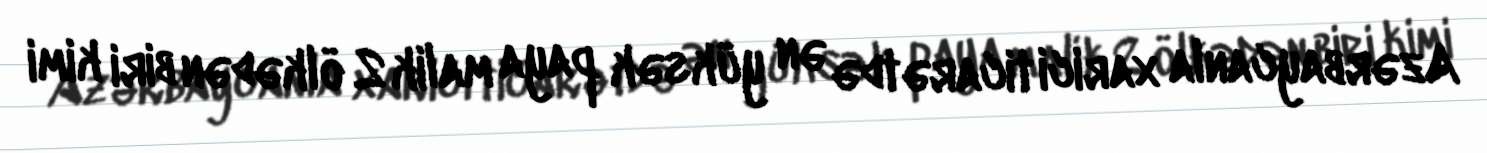
Azərbaycanla xarici ticarətdə ən yüksək paya malik 2 ölkədən biri kimi